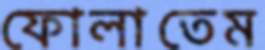
ফোলাতেম